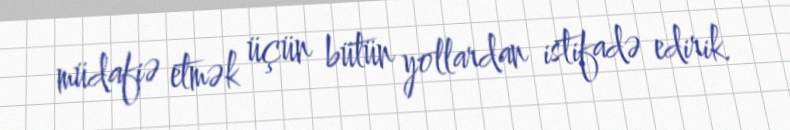
müdafiə etmək üçün bütün yollardan istifadə edirik.